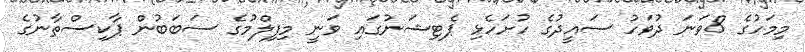
މިމަހުގެ 8ވަނަ ދުވަހު ސައީދުގެ ހުށަހެޅި ޕެޓިޝަނުގައި ވަނީ މިފިލްމުގެ ސަބަބުން ޕާކިސްތާނުގެ